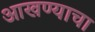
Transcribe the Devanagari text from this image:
आखण्याचा